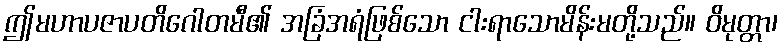
ဤမဟာပဇာပတိဂေါတမီ၏ အခြံအရံဖြစ်သော ငါးရာသောမိန်းမတို့သည်။ ဝိမုတ္တာ၊